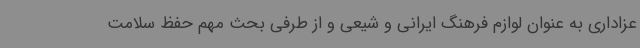
عزاداری به عنوان لوازم فرهنگ ایرانی و شیعی و از طرفی بحث مهم حفظ سلامت